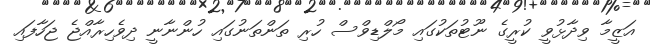
އަޒީމާ ވިދާޅުވީ ކުރީގެ ނޫޓުތަކުގައި މޯލްޑިވްސް ހުރި ތަންތަނުގައި ހުންނާނީ ދިވެހިރާއްޖެ ޖަހާފައި